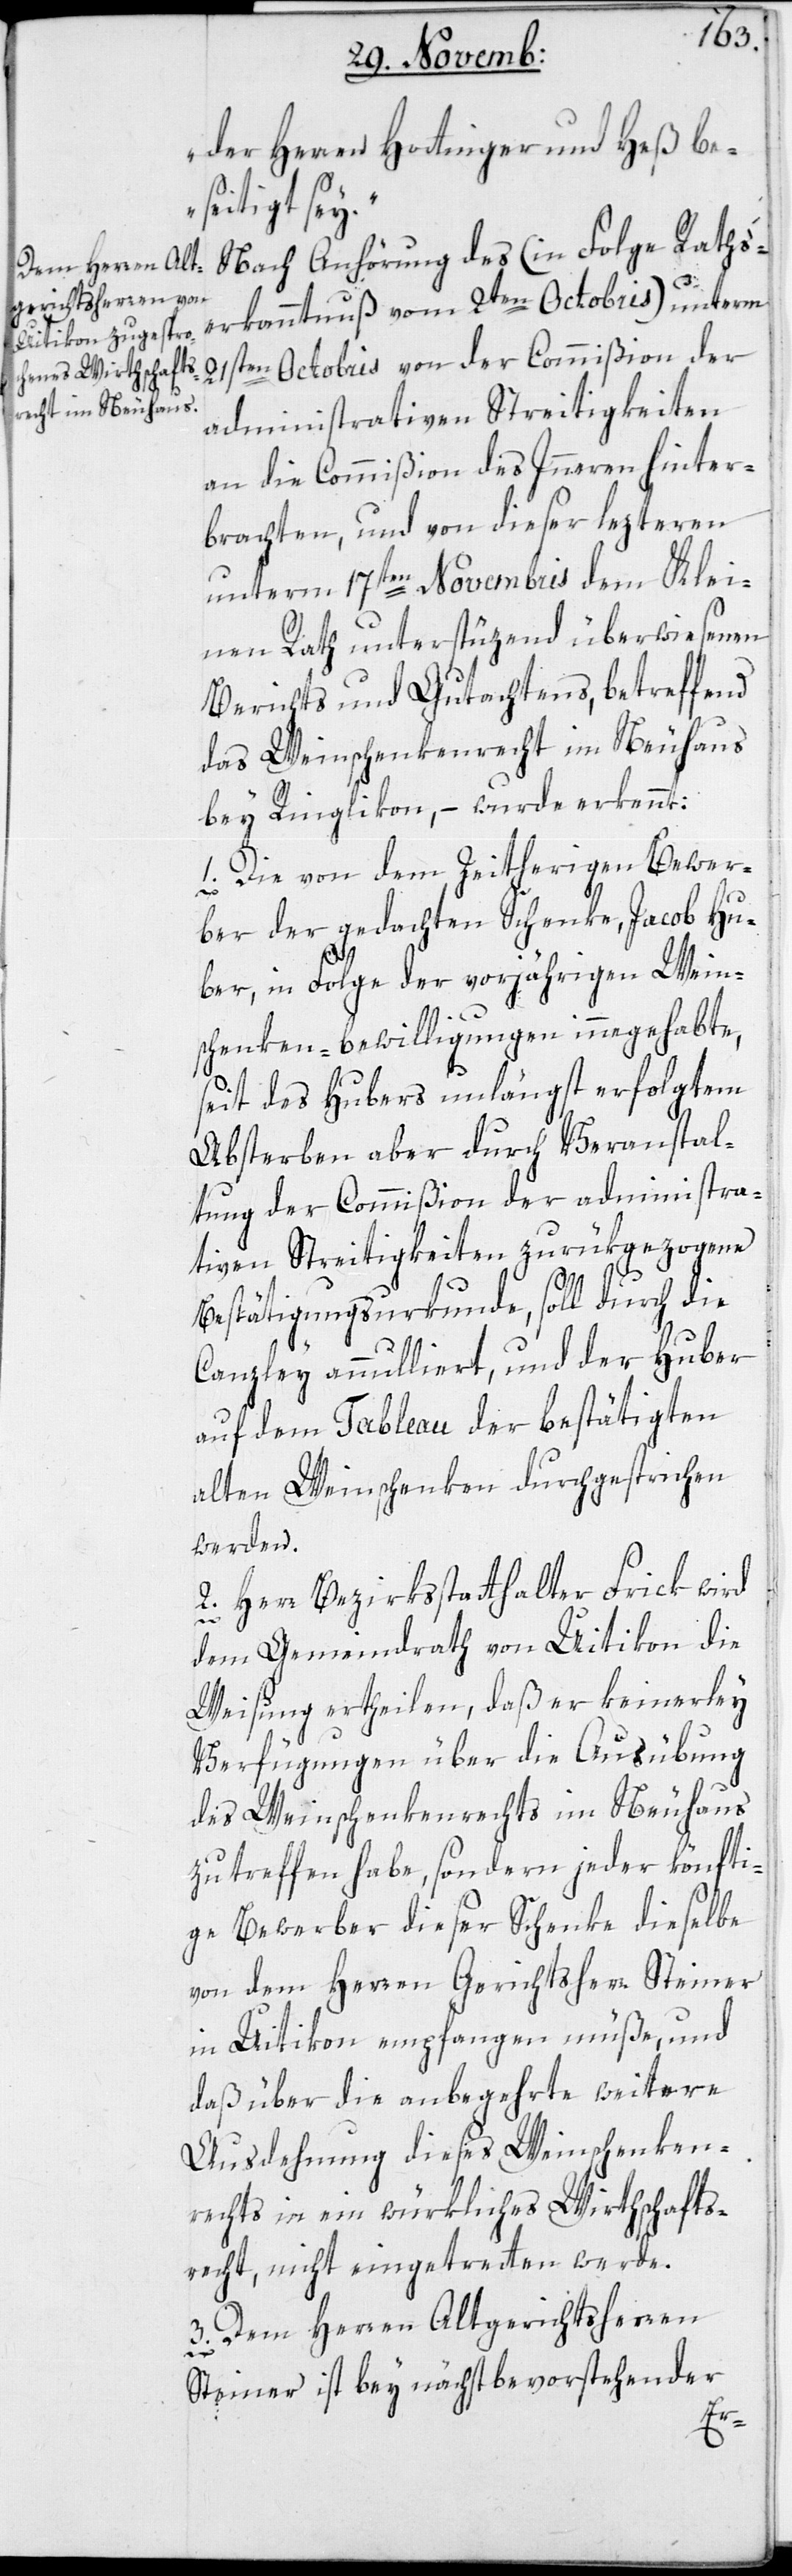
der Herren Hottinger & Heß be¬
seitigt sey.“
Nach Anhörung des (in Folge Raths¬
erkanntnuß vom 2ten Octobris) unterm
21sten Octobris von der Commißion der
administrativen Streitigkeiten
an die Commißion des Inneren hinter¬
brachten, und von dieser lezteren
unterm 17ten Novembris dem Klei¬
nen Rath unterstützend überwiesenen
Berichts und Gutachtens, betreffend
das Weinschenkenrecht im Neuhaus
bey Ringlikon, – wurde erkennt:
1. Die von dem Zeitherigen Bewer¬
ber der gedachten Schenke, Jacob Hu¬
ber, in Folge der vorjährigen Wein¬
schenken-Bewilligungen innegehabte,
seit des Hubers unlängst erfolgtem
Absterben aber durch Veranstal¬
tung der Commißion der adminitra¬
tiven Streitigkeiten zurükgezogene
Bestätigungsurkunde, soll durch die
Canzley annulliert, und der Huber
auf dem Tableau der bestätigten
alten Weinschenken durchgestrichen
werden.
2. Herr Bezirksstatthalter Frik wird
dem Gemeindrath von Uitikon die
Weisung ertheilen, daß er keinerley
Verfügungen über die Ausübung
des Weinschenkenrechts im Neuhaus
zu treffen habe, sondern jeder könfti¬
ge Bewerber dieser Schenke dieselbe
von dem Herren Gerichtsherr Steiner
in Uitikon empfangen müße, und
daß über die anbegehrte weitere
Ausdehnung dieses Weinschenken¬
rechts in ein würkliches Wirthschafts¬
recht, nicht eingetreten werde.
3. Dem Herren Altgerichtsherren
Steiner ist bey nächstbevorstehender